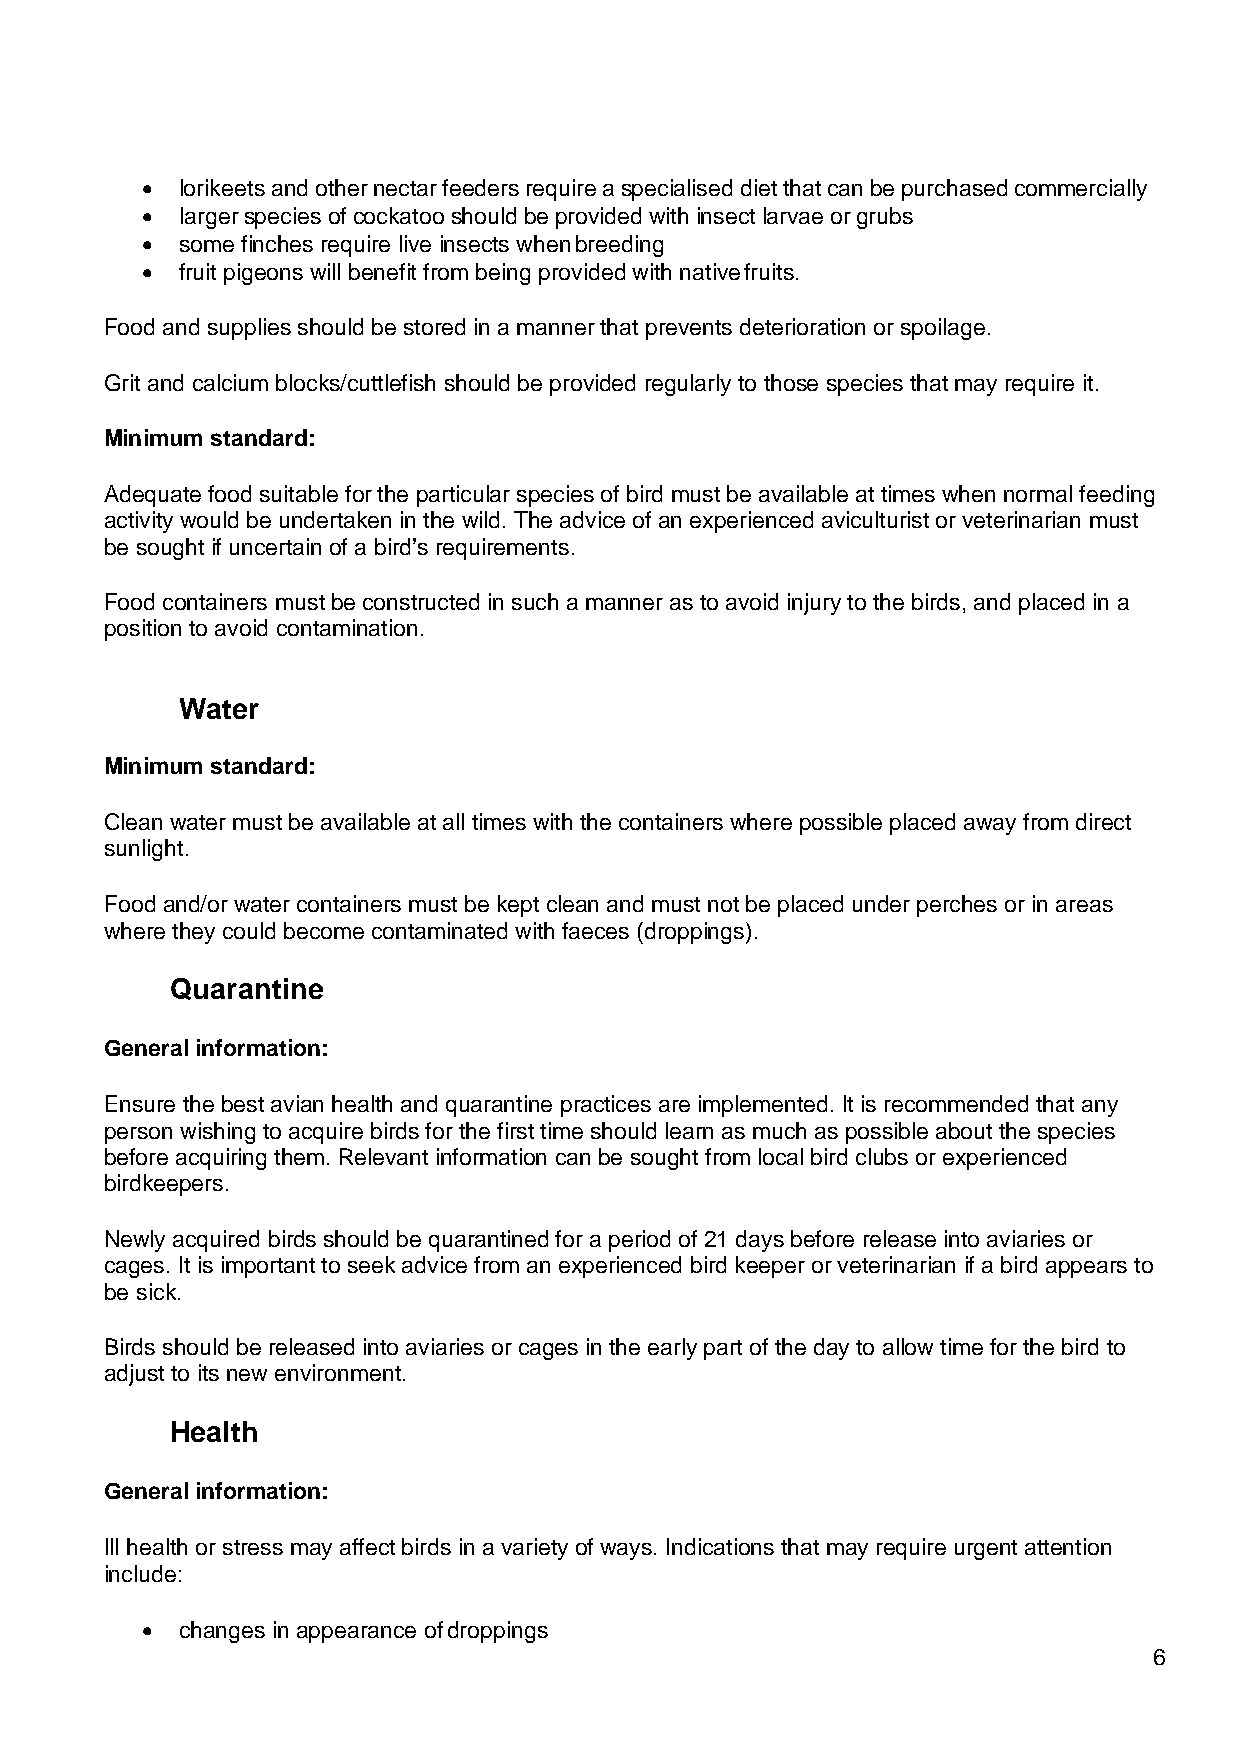
•  lorikeets and other nectar feeders require a specialised diet that can be purchased commercially
 •  larger species of cockatoo should be provided with insect larvae or grubs
 •  some finches require live insects when breeding
 •  fruit pigeons will benefit from being provided with native fruits.
 Food and supplies should be stored in a manner that prevents deterioration or spoilage.
 Grit and calcium blocks/cuttlefish should be provided regularly to those species that may require it.
 Minimum standard:
 Adequate food suitable for the particular species of bird must be available at times when normal feeding
 activity would be undertaken in the wild. The advice of an experienced aviculturist or veterinarian must
 be sought if uncertain of a bird’s requirements.
 Food containers must be constructed in such a manner as to avoid injury to the birds, and placed in a
 position to avoid contamination.
 Water
 Minimum standard:
 Clean water must be available at all times with the containers where possible placed away from direct
 sunlight.
 Food and/or water containers must be kept clean and must not be placed under perches or in areas
 where they could become contaminated with faeces (droppings).
 Quarantine
 General information:
 Ensure the best avian health and quarantine practices are implemented. It is recommended that any
 person wishing to acquire birds for the first time should learn as much as possible about the species
 before acquiring them. Relevant information can be sought from local bird clubs or experienced
 birdkeepers.
 Newly acquired birds should be quarantined for a period of 21 days before release into aviaries or
 cages. It is important to seek advice from an experienced bird keeper or veterinarian if a bird appears to
 be sick.
 Birds should be released into aviaries or cages in the early part of the day to allow time for the bird to
 adjust to its new environment.
 Health
 General information:
 Ill health or stress may affect birds in a variety of ways. Indications that may require urgent attention
 include:
 •  changes in appearance of droppings
 6